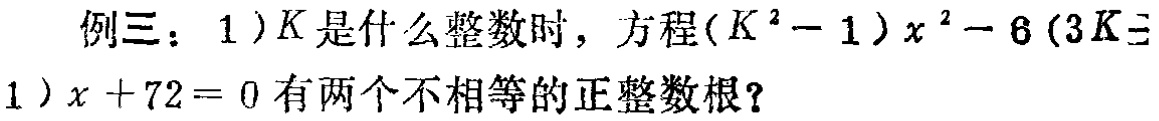
例三：1）$K$是什么整数时，方程\((K^{2}-1)x^{2}-6(3K - 1)x + 72 = 0\)有两个不相等的正整数根？